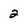
Character: 2